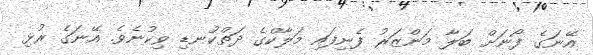
އޭނަގެ ފޯނަށް ބަލާ މަންޒަރު ފެނިފައި މަލާކްގެ ދަތްކުނޑި ވިކުނެވެ. އޭނަގެ ރުޅި